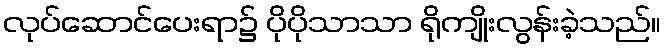
လုပ်ဆောင်ပေးရာ၌ ပိုပိုသာသာ ရိုကျိုးလွန်းခဲ့သည်။